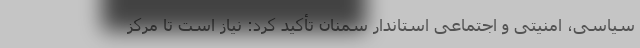
سیاسی، امنیتی و اجتماعی استاندار سمنان تأکید کرد: نیاز است تا مرکز